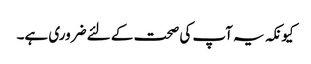
کیونکہ یہ آپ کی صحت کے لئے ضروری ہے۔